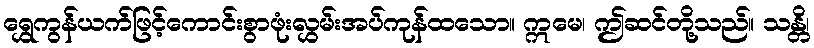
ရွှေကွန်ယက်ဖြင့်ကောင်းစွာဖုံးလွှမ်းအပ်ကုန်ထသော။ ဣမေ၊ ဤဆင်တို့သည်။ သန္တိ၊